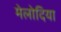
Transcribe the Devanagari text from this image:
मेलोदिया